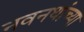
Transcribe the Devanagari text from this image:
नवनथांच्या